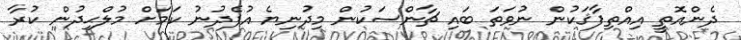
ދެންއޮތީ އިއްތިފާޤަކުން ނުވަތަ ބައި ޗާންސަކުން މިދުނިޔެ އުފެދުނު ކަމަށް މުލްޙިދުން ކުރާ